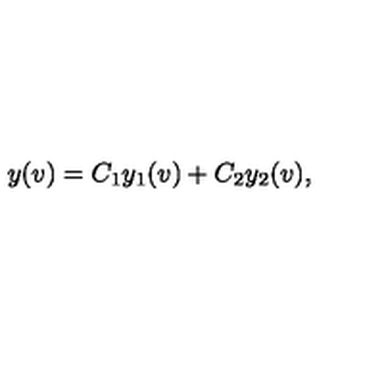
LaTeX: y ( v ) = C _ { 1 } y _ { 1 } ( v ) + C _ { 2 } y _ { 2 } ( v ) ,